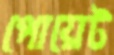
পোয়েট